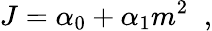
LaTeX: J=\alpha_{0}+\alpha_{1}m^{2}\; \; ,